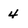
Character: 4